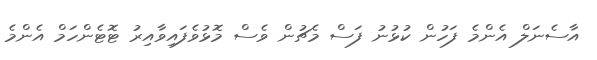
އާސެނަލް އެންމެ ފަހުން ކުޅުނު ފަސް މެޗުން ވެސް މޮޅުވެފައިވާއިރު ޓޮޓެންހަމް އެންމެ